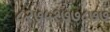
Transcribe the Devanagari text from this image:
८२७५१७७८७७